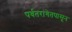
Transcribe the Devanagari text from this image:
पर्वतरांगेतपासून